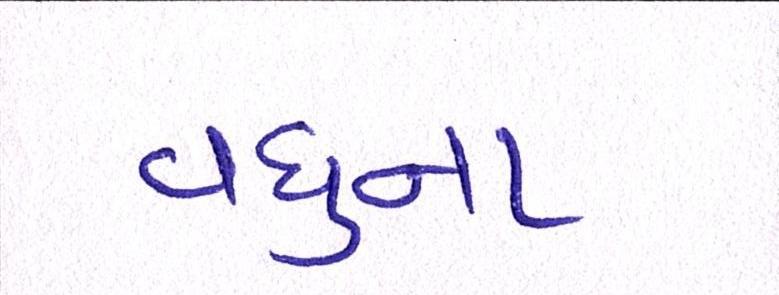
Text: વધુના